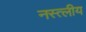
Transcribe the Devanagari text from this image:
नस्त्लीय